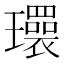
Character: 𬎜